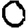
Digit: 0